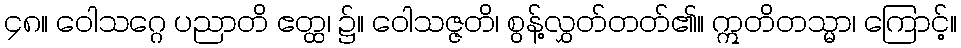
၄၈။ ဝေါသဂ္ဂေ ပညာတိ ဧတ္ထ၊ ၌။ ဝေါသဇ္ဇတိ၊ စွန့်လွှတ်တတ်၏။ ဣတိတသ္မာ၊ ကြောင့်။